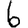
Digit: 6